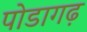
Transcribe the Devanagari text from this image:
पोडागढ़